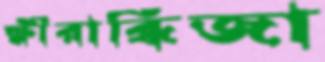
ক্ষীরাব্ধিজা